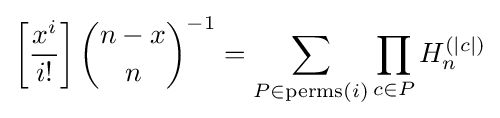
\left[{\frac {x^{i}}{i!}}\right]{n-x \choose n}^{-1}=\sum _{P\in \mathrm {perms} (i)}\prod _{c\in P}H_{n}^{(|c|)}